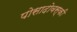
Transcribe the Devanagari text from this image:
पोसादोवस्की